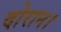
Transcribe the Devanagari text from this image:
दोरान।